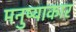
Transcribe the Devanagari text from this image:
मनुष्याकार